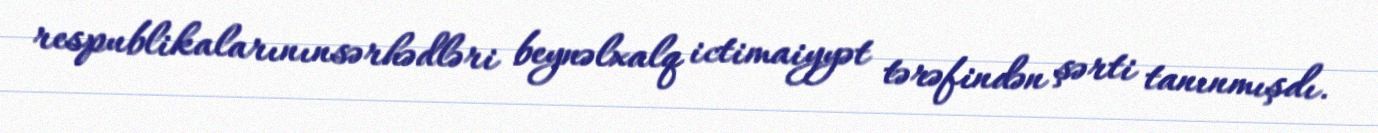
respublikalarınınsərhədləri beynəlxalq ictimaiyyət tərəfindən şərti tanınmışdı.